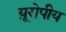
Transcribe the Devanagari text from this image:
य़ूरोपीय